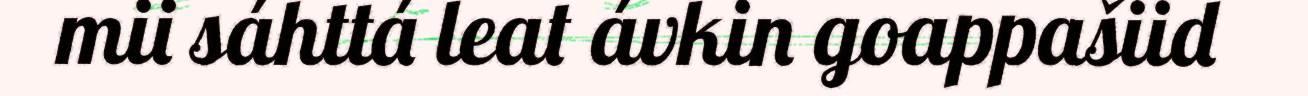
mii sáhttá leat ávkin goappašiid